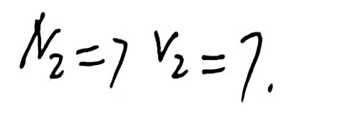
$N_2 = 7 \ v_2 = 7.$